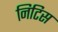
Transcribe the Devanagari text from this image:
निटिस